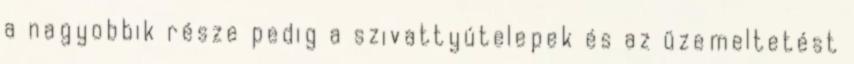
a nagyobbik része pedig a szivattyútelepek és az üzemeltetést